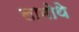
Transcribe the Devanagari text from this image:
लामोथे